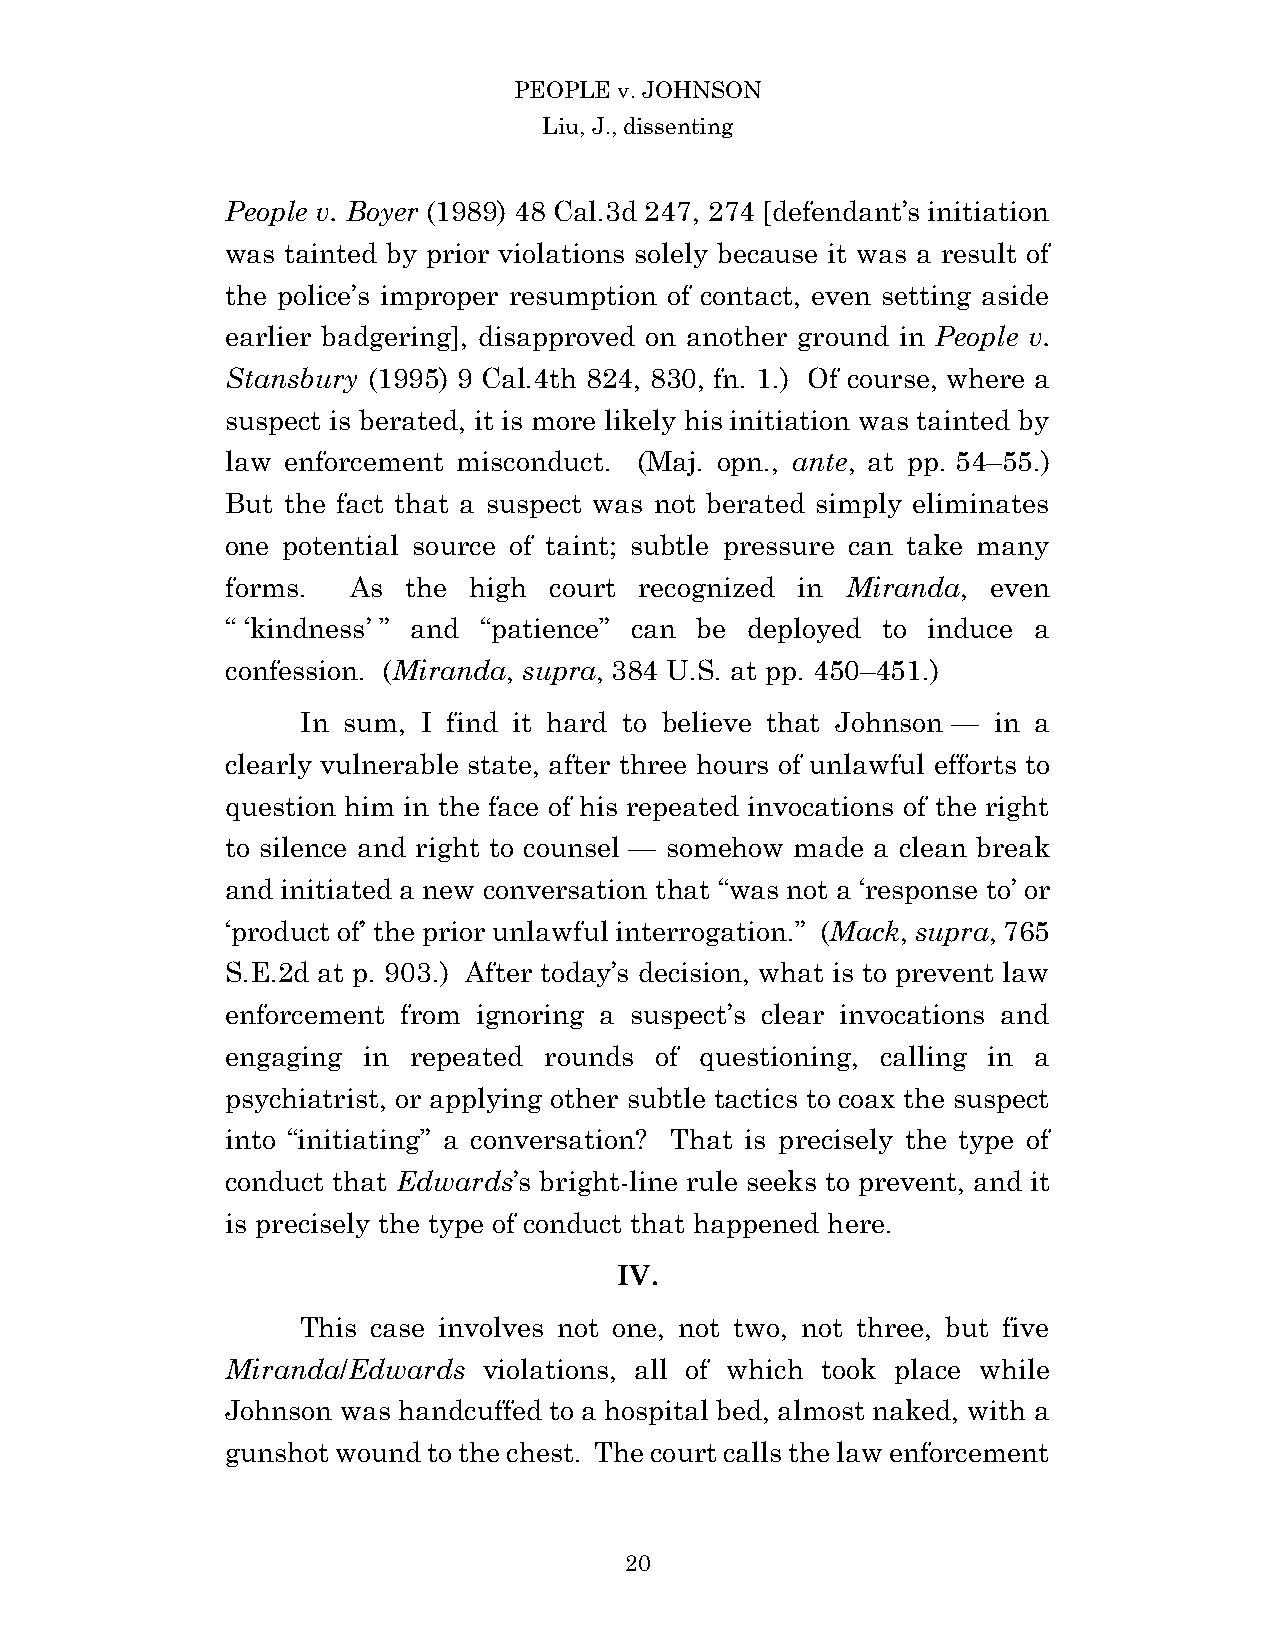
PEOPLE v. JOHNSON
 Liu, J., dissenting
 People v. Boyer (1989) 48 Cal.3d 247, 274 [defendant’s initiation
 was tainted by prior violations solely because it was a result of
 the police’s improper resumption of contact, even setting aside
 earlier badgering], disapproved on another ground in People v.
 Stansbury (1995) 9 Cal.4th 824, 830, fn. 1.) Of course, where a
 suspect is berated, it is more likely his initiation was tainted by
 law enforcement misconduct. (Maj. opn., ante, at pp. 54–55.)
 But the fact that a suspect was not berated simply eliminates
 one potential source of taint; subtle pressure can take many
 forms.  As  the high court recognized in Miranda,  even
 “ ‘kindness’ ” and “patience” can be deployed to induce a
 confession. (Miranda, supra, 384 U.S. at pp. 450–451.)
 In sum, I find it hard to believe that Johnson — in a
 clearly vulnerable state, after three hours of unlawful efforts to
 question him in the face of his repeated invocations of the right
 to silence and right to counsel — somehow made a clean break
 and initiated a new conversation that “was not a ‘response to’ or
 ‘product of’ the prior unlawful interrogation.” (Mack, supra, 765
 S.E.2d at p. 903.) After today’s decision, what is to prevent law
 enforcement from ignoring a suspect’s clear invocations and
 engaging in repeated rounds of questioning, calling in a
 psychiatrist, or applying other subtle tactics to coax the suspect
 into “initiating” a conversation? That is precisely the type of
 conduct that Edwards’s bright-line rule seeks to prevent, and it
 is precisely the type of conduct that happened here.
 IV.
 This case involves not one, not two, not three, but five
 Miranda/Edwards  violations, all of which took place while
 Johnson was handcuffed to a hospital bed, almost naked, with a
 gunshot wound to the chest. The court calls the law enforcement
 2 0